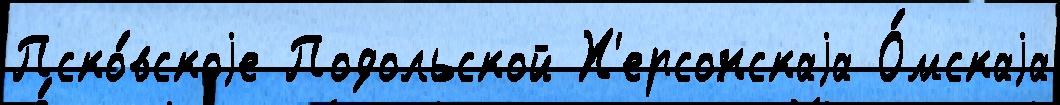
Пско́вскоjе Подольской Х'ерсонскаjа О́мскаjа